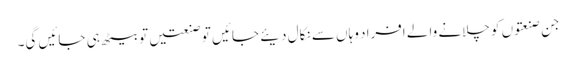
جن صنعتوں کو چلانے والے افراد وہاں سے نکال دیئے جائیں تو صنعتیں تو بیٹھ ہی جائیں گی۔